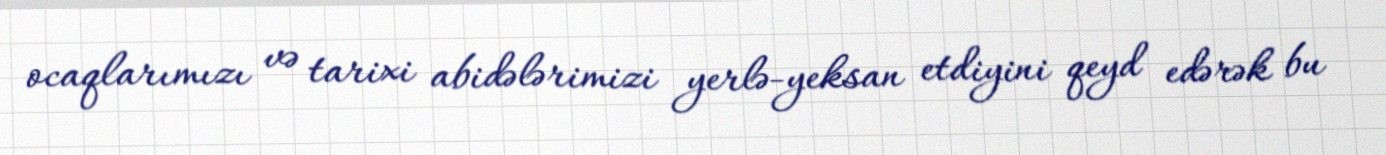
ocaqlarımızı və tarixi abidələrimizi yerlə-yeksan etdiyini qeyd edərək bu